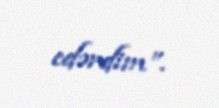
edərdim”.